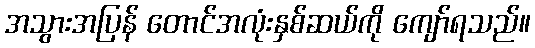
အသွားအပြန် တောင်အလုံးနှစ်ဆယ်ကို ကျော်ရသည်။